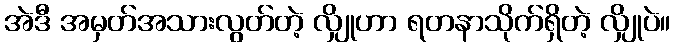
အဲဒီ အမှတ်အသားလွတ်တဲ့ လျှိုဟာ ရတနာသိုက်ရှိတဲ့ လျှိုပဲ။